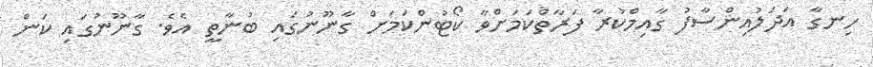
ހިނގާ އަދަލުއިންސާފު ގާއިމްކުރާ ފަރާތްކަމަށްވާ ކޯޓުންކަމަށް ގާނޫނުގައި ބުނާތީ އެވެ. ގާނޫނުގައި ކަން